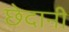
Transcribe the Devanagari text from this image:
छेदानी